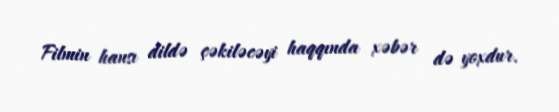
Filmin hansı dildə çəkiləcəyi haqqında xəbər də yoxdur.